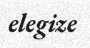
elegize